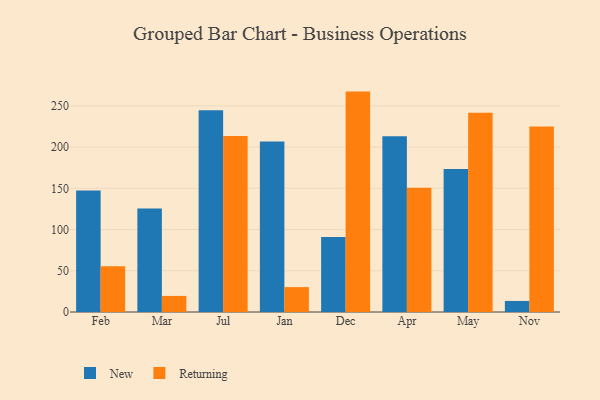
{"axis": {"x": "Month", "y": "Inventory Turnover"}, "legend": ["New", "Returning"], "data": [{"x": "Feb", "y": 147.3, "type": "New"}, {"x": "Feb", "y": 55.4, "type": "Returning"}, {"x": "Mar", "y": 125.4, "type": "New"}, {"x": "Mar", "y": 19.5, "type": "Returning"}, {"x": "Jul", "y": 244.7, "type": "New"}, {"x": "Jul", "y": 213.5, "type": "Returning"}, {"x": "Jan", "y": 206.9, "type": "New"}, {"x": "Jan", "y": 30.2, "type": "Returning"}, {"x": "Dec", "y": 91.1, "type": "New"}, {"x": "Dec", "y": 267.3, "type": "Returning"}, {"x": "Apr", "y": 213.3, "type": "New"}, {"x": "Apr", "y": 150.8, "type": "Returning"}, {"x": "May", "y": 173.5, "type": "New"}, {"x": "May", "y": 241.8, "type": "Returning"}, {"x": "Nov", "y": 13.4, "type": "New"}, {"x": "Nov", "y": 224.9, "type": "Returning"}]}